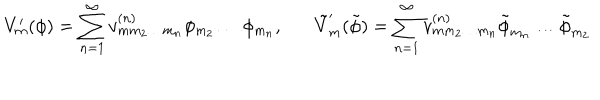
LaTeX: V _ { m } ^ { \prime } ( \phi ) = \sum _ { n = 1 } ^ { \infty } v _ { m m _ { 2 } \ldots m _ { n } } ^ { ( n ) } \phi _ { m _ { 2 } } \ldots \phi _ { m _ { n } } , \tilde { V } _ { m } ^ { \prime } ( \tilde { \phi } ) = \sum _ { n = 1 } ^ { \infty } v _ { m m _ { 2 } \ldots m _ { n } } ^ { ( n ) } \tilde { \phi } _ { m _ { n } } \ldots \tilde { \phi } _ { m _ { 2 } }